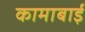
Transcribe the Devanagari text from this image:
कामाबाई